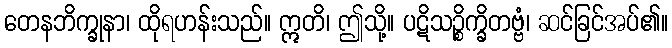
တေနဘိက္ခုနာ၊ ထိုရဟန်းသည်။ ဣတိ၊ ဤသို့။ ပဋိသဉ္စိက္ခိတဗ္ဗံ၊ ဆင်ခြင်အပ်၏။